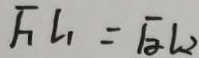
F _ { 1 } L _ { 1 } = F _ { 2 } L _ { 2 }